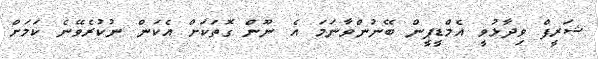
ޝަރީފް ވިދާޅުވީ އެމްޑީޕީން ބޭނުންވާނަމަ އެ ނޫން ގޮތަކަށް އެކަން ނުކުރެވޭނެ ކަމަށް